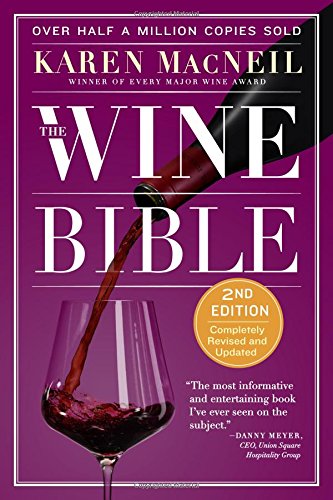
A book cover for The Wine Bible; Karen MacNeil; Cookbooks, Food & Wine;